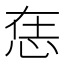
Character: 𢙮